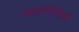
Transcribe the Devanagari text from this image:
मागण्यांमध्ये